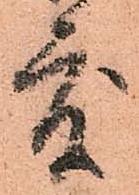
度